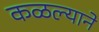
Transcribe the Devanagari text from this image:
कळल्याने